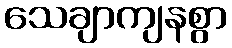
သေချာကျနစွာ